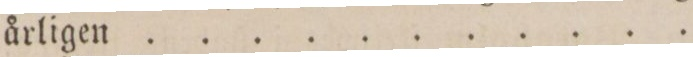
Novell ur werkligheten